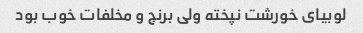
لوبیای خورشت نپخته ولی برنج و مخلفات خوب بود